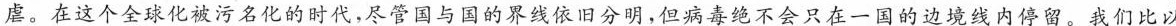
虐。在这个全球化被污名化的时代，尽管国与国的界线依旧分明，但病毒绝不会只在一国的边境线内停留。我们比以